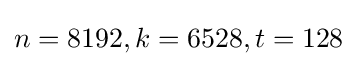
n=8192,k=6528,t=128